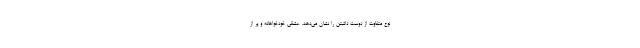
نوع متفاوت از دوست داشتن را نشان می‌دهد، عشقی خودخواهانه و پر از